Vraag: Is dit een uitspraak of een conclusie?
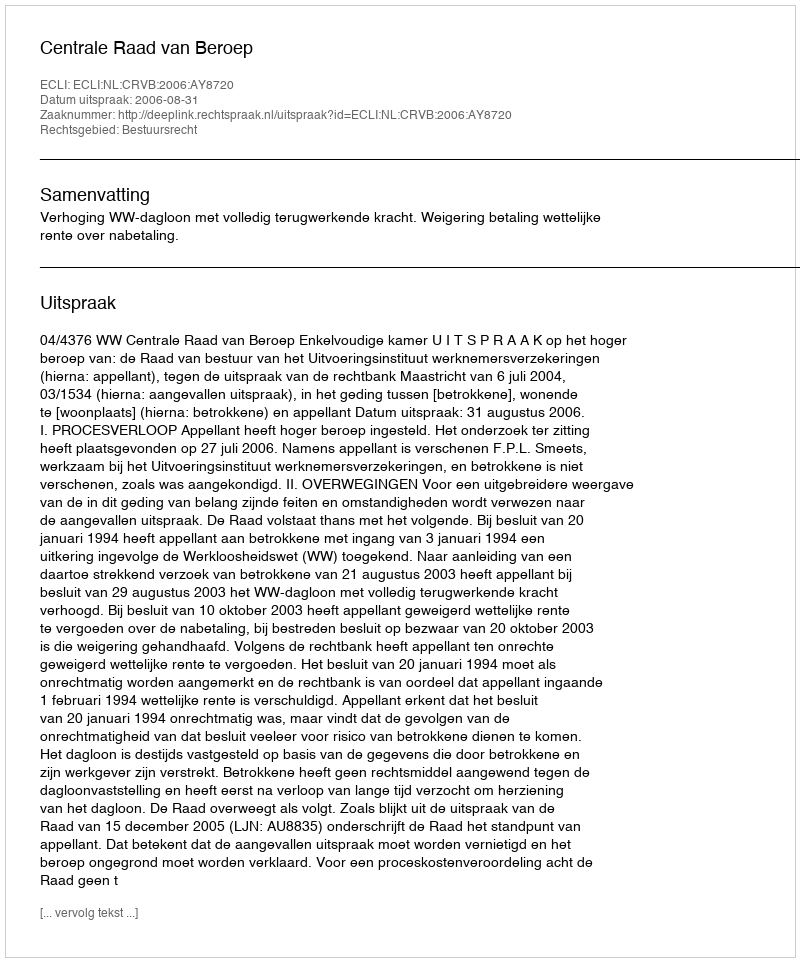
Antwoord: Uitspraak